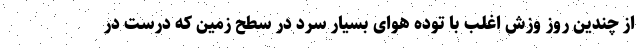
از چندین روز وزش اغلب با توده هوای بسیار سرد در سطح زمین که درست در